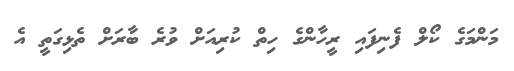
މަންމަގެ ކޯލް ފެނިފައި ރީހާންގެ ހިތް ކުރިއަށް ވުރެ ބާރަށް ތެޅިގަތީ އެ